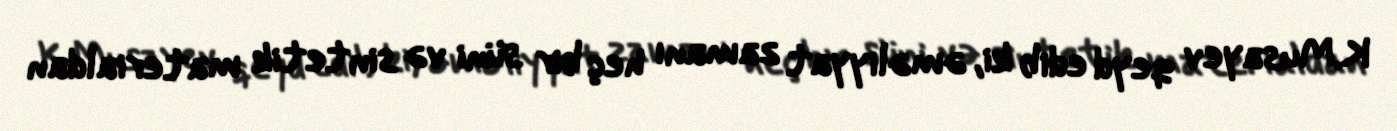
K.Musayev qeyd edib ki, əməliyyat zamanı heç bir süni və sintetik materialdan